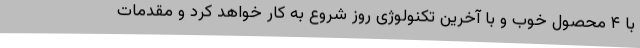
با ۴ محصول خوب و با آخرین تکنولوژی روز شروع به کار خواهد کرد و مقدمات